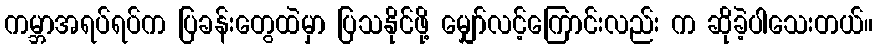
ကမ္ဘာအရပ်ရပ်က ပြခန်းတွေထဲမှာ ပြသနိုင်ဖို့ မျှော်လင့်ကြောင်းလည်း က ဆိုခဲ့ပါသေးတယ်။